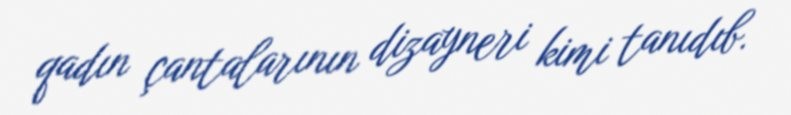
qadın çantalarının dizayneri kimi tanıdıb.